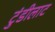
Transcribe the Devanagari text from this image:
टुंडीलाट